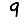
Digit: 9